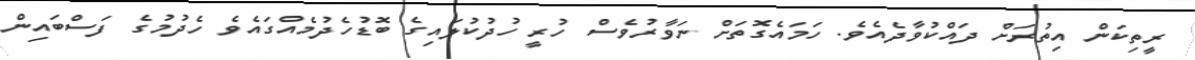
ރީތިކަން އިތުރަށް ދައްކުވާދެއެވެ. ހަމައެގޮތަށް ނަވާރުވެސް ހުރީ ހުދުކުލައިގެ ބޮޑުހެދުމެއްގައެވެ ހެދުމުގެ ފަސްބައިން